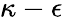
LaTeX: \kappa-\epsilon